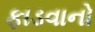
ફાડવાનો